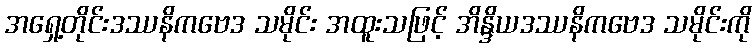
အရှေ့တိုင်းဒဿနိကဗေဒ သမိုင်း အထူးသဖြင့် အိန္ဒိယဒဿနိကဗေဒ သမိုင်းကို